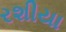
રશીયા